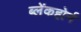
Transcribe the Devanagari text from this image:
ब्लेंकहोर्न